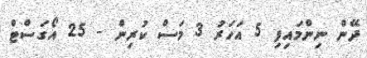
ދޭން ނިންމައިފި 5 އަހަރު 3 މަސް ކުރިން - 25 އޯގަސްޓް